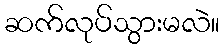
ဆက်လုပ်သွားမလဲ။